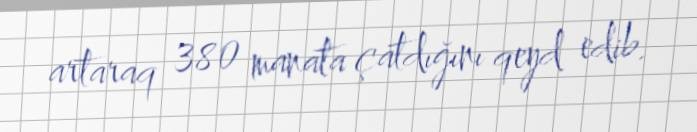
artaraq 380 manata çatdığını qeyd edib.